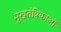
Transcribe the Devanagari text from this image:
मुखतंत्रिकाओं